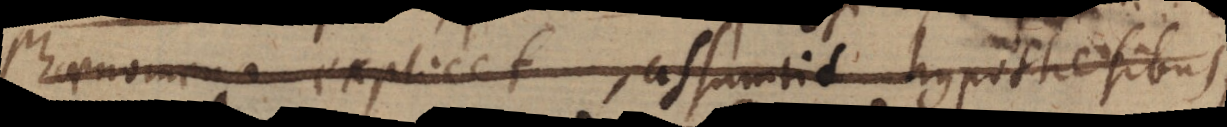
Phaenomena explicet, assumtis hypothesibus,